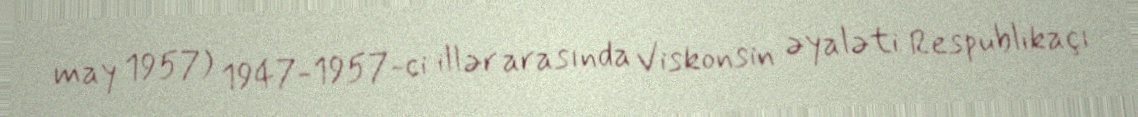
may 1957) 1947-1957-ci illər arasında Viskonsin əyaləti Respublikaçı